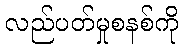
လည်ပတ်မှုစနစ်ကို